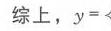
综上，\(y = <\)